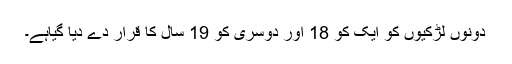
دونوں لڑکیوں کو ایک کو 18 اور دوسری کو 19 سال کا قرار دے دیا گیاہے۔